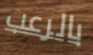
بالرعب